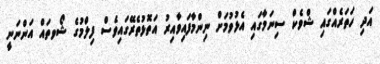
އަދި ހަތަރެއްގައި ޝްވެކް ސިނަމާގައި އެޅުވުމަށް ނިންމާފައިވާއިރު އަތޮޅުތެރޭގައިވެސް ފިލްމުގެ ޝޯވތައް އަންނަނީ